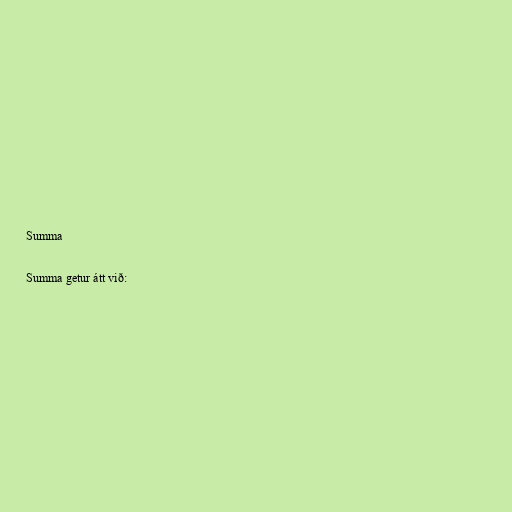
Summa

Summa getur átt við: